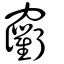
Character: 𩇐